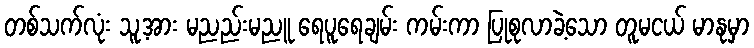
တစ်သက်လုံး သူ့အား မညည်းမညူ ရေပူရေချမ်း ကမ်းကာ ပြုစုလာခဲ့သော တူမငယ် မာနုမှာ